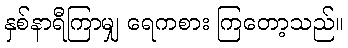
နှစ်နာရီကြာမျှ ရေကစား ကြတော့သည်။